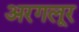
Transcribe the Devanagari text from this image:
अरगलूर